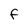
Character: F